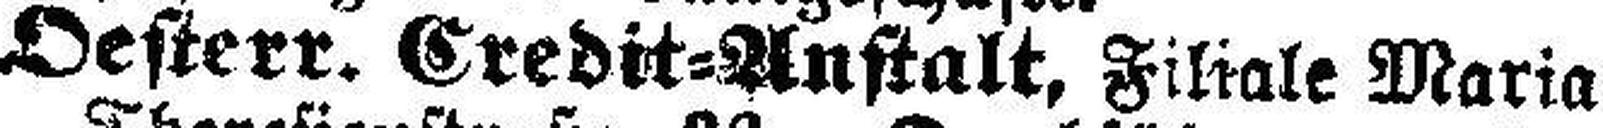
Oesterr. Credit=Anstalt, Filiale Maria